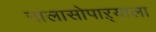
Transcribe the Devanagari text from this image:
नालासोपाऱ्याला